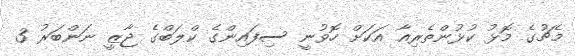
މެޗުގެ މޮޅު ކުޅުންތެރިއާ އަކަށް ހޮވުނީ ސިފައިންގެ ކްލަބްގެ ޖާޒީ ނަންބަރު 3